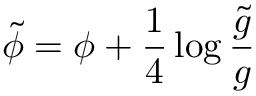
\tilde { \phi } = \phi + \frac { 1 } { 4 } \log \frac { \tilde { g } } { g }